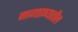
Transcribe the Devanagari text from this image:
नागठाण्यातील